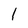
Character: 1